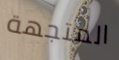
المتجهة